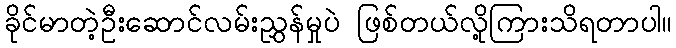
ခိုင်မာတဲ့ဦးဆောင်လမ်းညွှန်မှုပဲ ဖြစ်တယ်လို့ကြားသိရတာပါ။